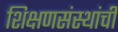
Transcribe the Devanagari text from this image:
शिक्षणसंस्थांची